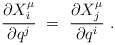
\begin{align*} \frac{\partial X_{i\vphantom{j}}^\mu}{\partial q^j}~ =~\frac{\partial X_j^\mu}{\partial q^i}~. \end{align*}